Local science and art examinations and technological examinations, 1910, 1910
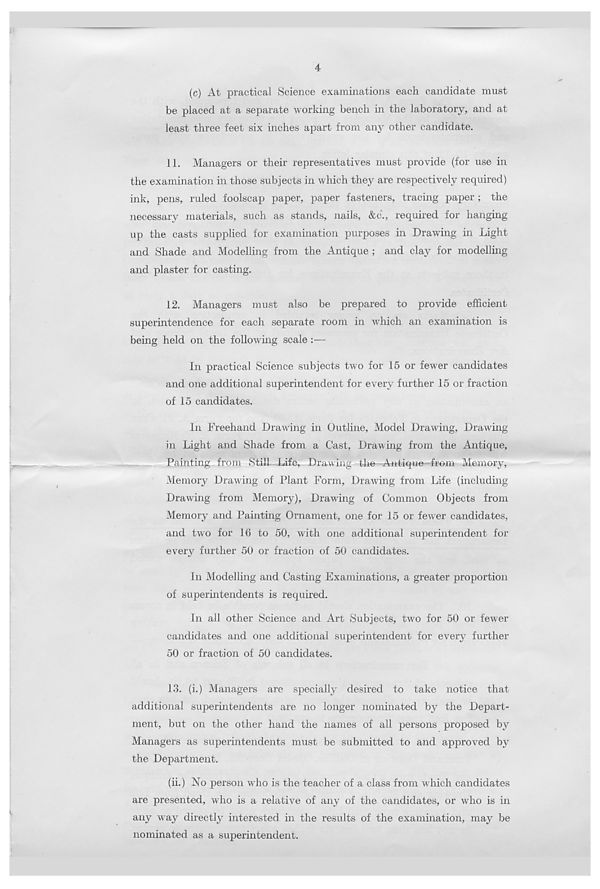
4
(c) At practical Science examinations each candidate must
be placed at a separate working bench in the laboratory, and at
least three feet six inches apart from any other candidate.
11. Managers or their representatives must provide (for use in
the examination in those subjects in which they are respectively required)
ink, pens, ruled foolscap paper, paper fasteners, tracing paper; the
necessary materials, such as stands, nails, &c., required for hanging
up the casts supplied for examination purposes in Drawing in Light
and Shade and Modelling from the Antique ; and clay for modelling
and plaster for casting.
12. Managers must also be prepared to provide efficient
superintendence for each separate room in which an examination is
being held on the following scale :—
In practical Science subjects two for 15 or fewer candidates
and one additional superintendent for every further 15 or fraction
of 15 candidates.
In Freehand Drawing in Outline, Model Drawing, Drawing
in Light and Shade from a Cast, Drawing from the Antique,
Painting from Still Life, Drawing the Antique from Memory,
Memory Drawing of Plant Form, Drawing from Life (including
Drawing from Memory), Drawing of Common Objects from
Memory and Painting Ornament, one for 15 or fewer candidates,
and two for 16 to 50, with one additional superintendent for
every further 50 or fraction of 50 candidates.
In Modelling and Casting Examinations, a greater proportion
of superintendents is required.
In all other Science and Art Subjects, two for 50 or fewer
candidates and one additional superintendent for every further
50 or fraction of 50 candidates.
13. (i.) Managers are specially desired to take notice that
additional superintendents are no longer nominated by the Depart-
ment, but on the other hand the names of all persons proposed by
Managers as superintendents must be submitted to and approved by
the Department.
(ii.) No person who is the teacher of a class from which candidates
are presented, who is a relative of any of the candidates, or who is in
any way directly interested in the results of the examination, may be
nominated as a superintendent.